Leaving Certificate Examination (including Day School Certificate (Higher) General paper), 1928
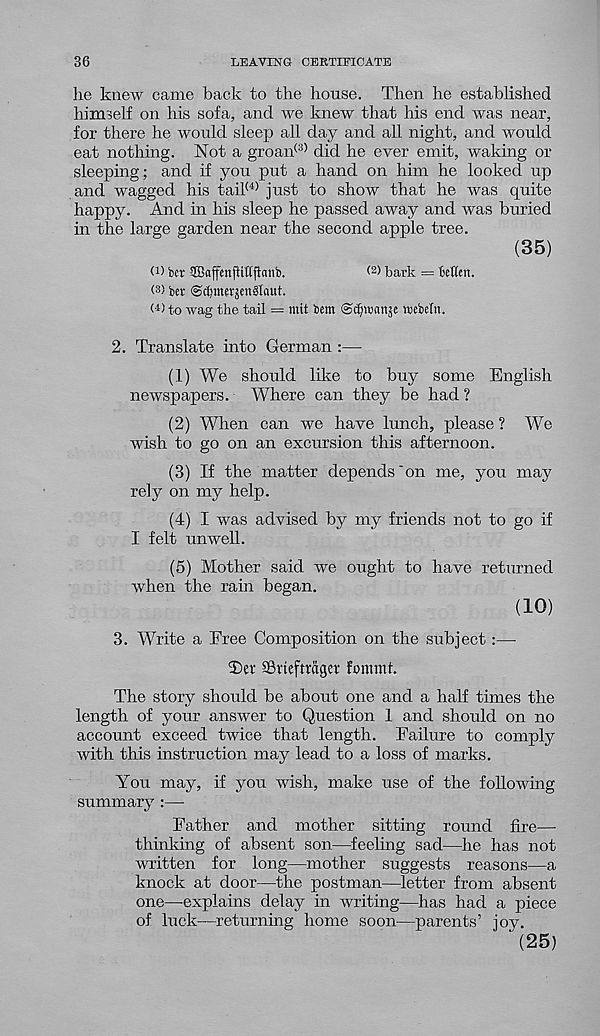
36
LEAVING CERTIFICATE
he knew came back to the house. Then he established
himself on his sofa, and we knew that his end was near,
for there he would sleep all day and all night, and would
eat nothing. Not a groan <3) did he ever emit, waking or
sleeping; and if you put a hand on him he looked up
and wagged his tail (4) just to show that he was quite
happy. And in his sleep he passed away and was buried
in the large garden near the second apple tree.
(35)
d) ber ffiaffenfUHffonb.
< 2 > bark = tcKcn.
< 3 ) ber ©ctmerjenglnut.
W to wag the tail = mit bent ©^wanje webeln.
2. Translate into German :—
(1) We should like to buy some English
newspapers. Where can they be had ?
(2) When can we have lunch, please ? We
wish to go on an excursion this afternoon.
(3) If the matter depends'on me, you may
rely on my help.
(4) I was advised by my friends not to go if
I felt unwell.
(5) Mother said we ought to have returned
when the rain began.
(10)
3. Write a Free Composition on the subject:—
5)ev SBheftrager fonimt.
The story should be about one and a half times the
length of your answer to Question 1 and should on no
account exceed twice that length. Failure to comply
with this instruction may lead to a loss of marks.
You may, if you wish, make use of the following
summary :—
Father and mother sitting round fire—
thinking of absent son—feeling sad—he has not
written for long—mother suggests reasons—a
knock at door—the postman—letter from absent
one—explains delay in writing—has had a piece
of luck—returning home soon—parents’ joy.
(25)